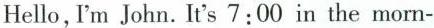
Hello, I'm John. It's 7:00 in the morn-